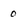
Character: o